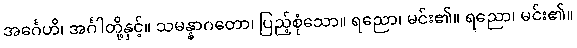
အင်္ဂေဟိ၊ အင်္ဂါတို့နှင့်။ သမန္နာဂတော၊ ပြည့်စုံသော။ ရညော၊ မင်း၏။ ရညော၊ မင်း၏။